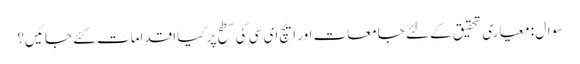
سوال : معیاری تحقیق کے لئے جامعات اور ایچ ای سی کی سطح پر کیا اقدامات کئے جائیں؟